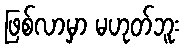
ဖြစ်လာမှာ မဟုတ်ဘူး